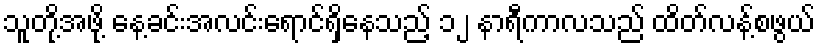
သူတို့အဖို့ နေ့ခင်းအလင်းရောင်ရှိနေသည့် ၁၂ နာရီကာလသည် ထိတ်လန့်စဖွယ်